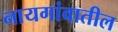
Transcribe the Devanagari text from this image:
नायगांवातील